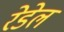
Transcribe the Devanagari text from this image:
रेडेल